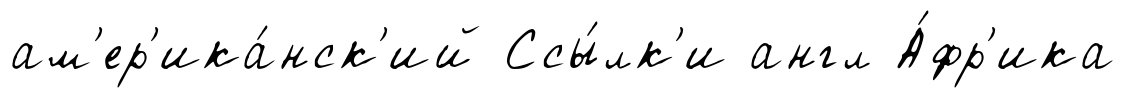
ам'ер'ика́нск'ий Ссы́лк'и англ А́фр'ика